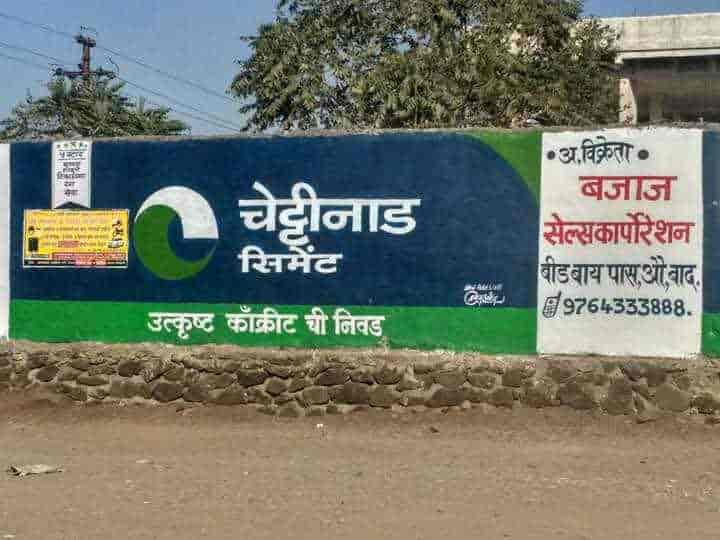
Language: marathi
Transcription: पासऔबाद बजाज सेल्स कॉर्पोरेशन सिमेंट उत्कृष्ट ची निवड चेट्टीनाड बीड बाय काँक्रीट अ. विक्रेता